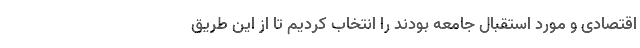
اقتصادی و مورد استقبال جامعه بودند را انتخاب کردیم تا از این طریق